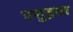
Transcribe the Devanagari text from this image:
पशुद्रव्य